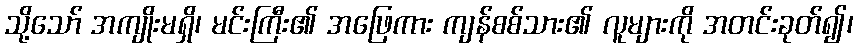
သို့သော် အကျိုးမရှိ၊ မင်းကြီး၏ အဖြေကား ကျန်စစ်သား၏ လူများကို အတင်းခုတ်၍၊